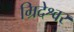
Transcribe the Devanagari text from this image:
म्रिदेश्वर